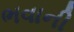
ભવાની